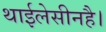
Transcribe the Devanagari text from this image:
थाईलेसीनहै।